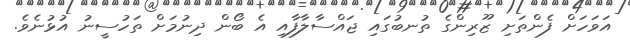
އަވަހަށް ފެންތަށި ޒޫރިންގެ ތުނބުގައި ޖައްސާލާފާއި އެ ބޯން ދިނުމަށް ތަހުސީނު އުޅުނެވެ.